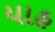
યાહ